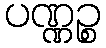
ပဏ္ဏဉ္စ